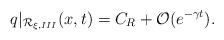
LaTeX: \begin{align*} q|_{\mathcal{R}_{\xi, III}}(x,t)=C_R+\mathcal{O}(e^{-\gamma t}). \end{align*}